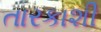
તારકાશી